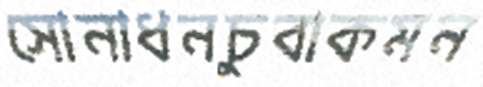
সোনাধনচুবাকমন